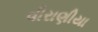
વીરાણીયા